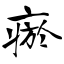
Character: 瘀